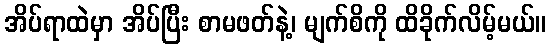
အိပ်ရာထဲမှာ အိပ်ပြီး စာမဖတ်နဲ့၊ မျက်စိကို ထိခိုက်လိမ့်မယ်။